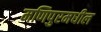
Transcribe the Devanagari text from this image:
मणिपुरमधील